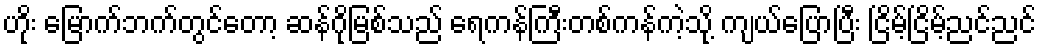
ဟိုး မြောက်ဘက်တွင်တော့ ဆန်ဂိုမြစ်သည် ရေကန်ကြီးတစ်ကန်ကဲ့သို့ ကျယ်ပြောပြီး ငြိမ့်ငြိမ့်ညင်ညင်